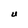
Character: U